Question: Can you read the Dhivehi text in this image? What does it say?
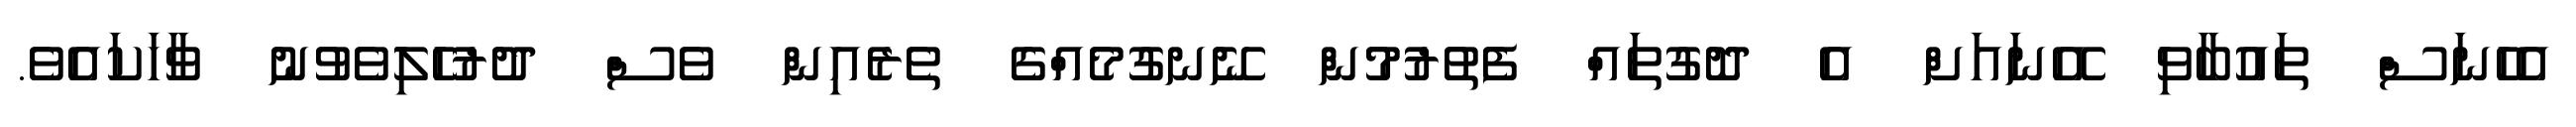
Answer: އެހެނަސް ތައުބާވި އޭނައަށް އެ ދޮގުތައް ފެތުރުމުން ނޭނގުމެއްގެ ތެރެއިން ވެސް ދުރުހެލިވެވުނު ވާހަކައެވެ.